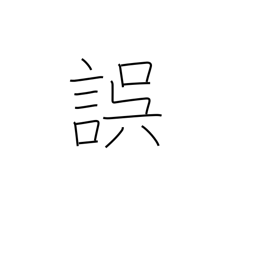
Meaning: err